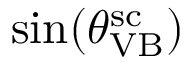
\sin ( \theta _ { \mathrm { V B } } ^ { \mathrm { s c } } )